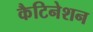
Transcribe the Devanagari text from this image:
कैटिनेशन